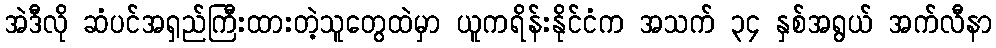
အဲဒီလို ဆံပင်အရှည်ကြီးထားတဲ့သူတွေထဲမှာ ယူကရိန်းနိုင်ငံက အသက် ၃၄ နှစ်အရွယ် အက်လီနာ